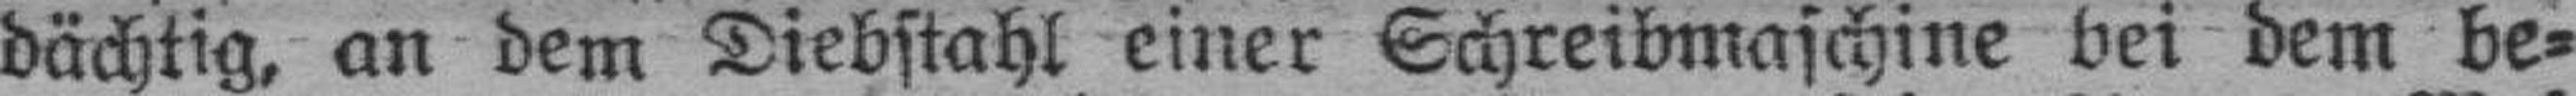
dächtig, an dem Diebstahl einer Schreibmaschine bei dem be¬